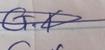
Signature authenticity: genuine